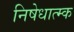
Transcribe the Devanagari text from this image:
निषेधात्म्क